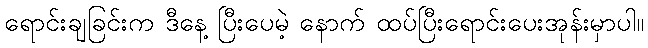
ရောင်းချခြင်းက ဒီနေ့ ပြီးပေမဲ့ နောက် ထပ်ပြီးရောင်းပေးအုန်းမှာပါ။